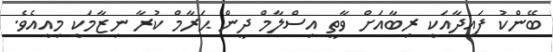
ބޭންކު ފައިދާއަކީ ރިބާއަށް ވާތީ އިސްލާމް ދީން ޙަރާމް ކުރާ ނިޒާމަކީ މިއީއެވެ.